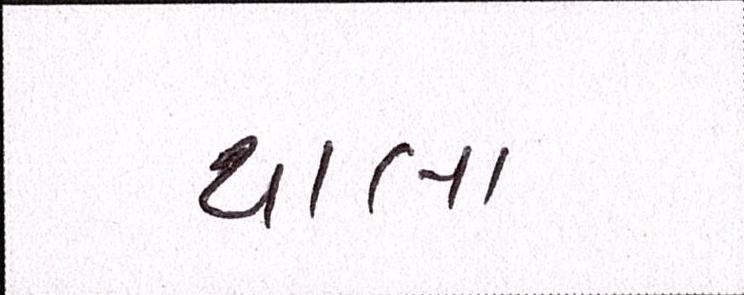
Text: થાલા